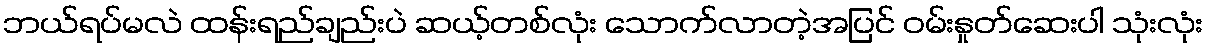
ဘယ်ရပ်မလဲ ထန်းရည်ချည်းပဲ ဆယ့်တစ်လုံး သောက်လာတဲ့အပြင် ဝမ်းနှုတ်ဆေးပါ သုံးလုံး